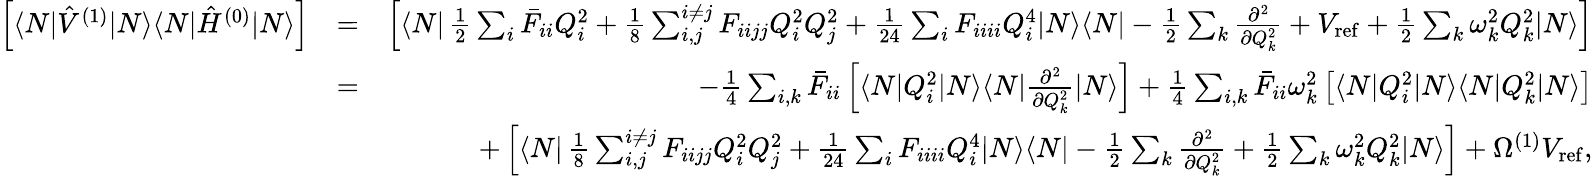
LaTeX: \begin{array}{rlr}{\left[\langle N|\hat{V}^{(1)}|N\rangle\langle N|\hat{H}^{(0)}|N\rangle\right]}&{=}&{\left[\langle N|\, \frac{1}{2}\sum_{i}\bar{F}_{ii}Q_{i}^{2}+\frac{1}{8}\sum_{i,j}^{i\neq j}F_{iijj}Q_{i}^{2}Q_{j}^{2}+\frac{1}{24}\sum_{i}F_{iiii}Q_{i}^{4}|N\rangle\langle N|-\frac{1}{2}\sum_{k}\frac{\partial^{2}}{\partial Q_{k}^{2}}+V_{\mathrm{ref}}+\frac{1}{2}\sum_{k}\omega_{k}^{2}Q_{k}^{2}|N\rangle\right]}\\ &{=}&{-\frac{1}{4}\sum_{i,k}\bar{F}_{ii}\left[\langle N|Q_{i}^{2}|N\rangle\langle N|\frac{\partial^{2}}{\partial Q_{k}^{2}}|N\rangle\right]+\frac{1}{4}\sum_{i,k}\bar{F}_{ii}\omega_{k}^{2}\left[\langle N|Q_{i}^{2}|N\rangle\langle N|Q_{k}^{2}|N\rangle\right]}\\ &{}&{+\left[\langle N|\, \frac{1}{8}\sum_{i,j}^{i\neq j}F_{iijj}Q_{i}^{2}Q_{j}^{2}+\frac{1}{24}\sum_{i}F_{iiii}Q_{i}^{4}|N\rangle\langle N|-\frac{1}{2}\sum_{k}\frac{\partial^{2}}{\partial Q_{k}^{2}}+\frac{1}{2}\sum_{k}\omega_{k}^{2}Q_{k}^{2}|N\rangle\right]+\Omega^{(1)}V_{\mathrm{ref}},}\end{array}